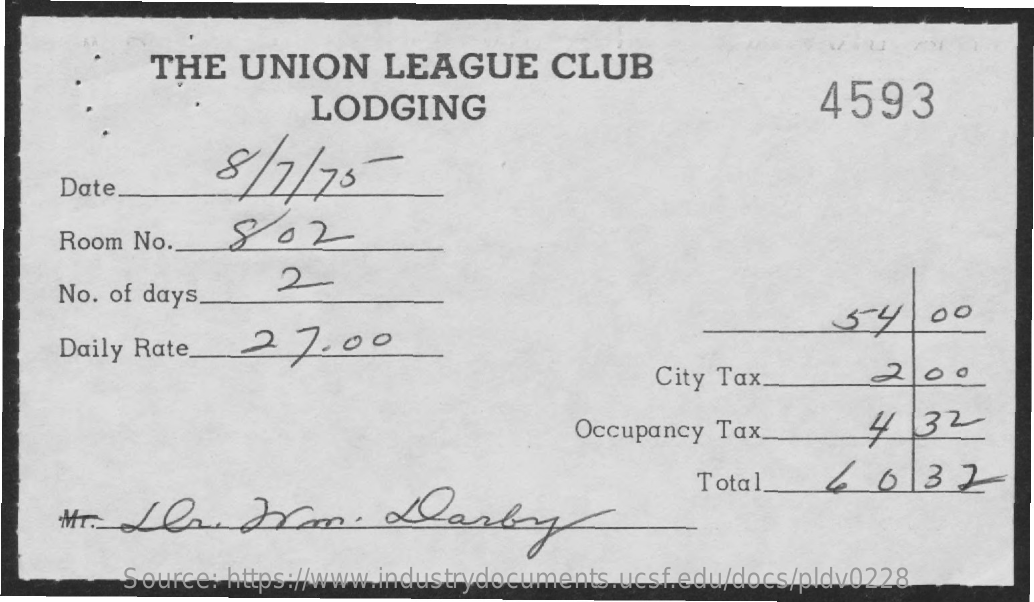
THE   UNION    LEAGUE    CLUB
     LODGING    4593
     8  /7/75-
     Date
     Room No ._   802
     No. of days.
     2
     Daily Rate_2    7.00
     54.00
     City Tax    200
     Occupancy  Tax    4.32
     Total    6   0   32
     Source: https://www.industrydocuments.ucsf.edu/docs/pldv0228